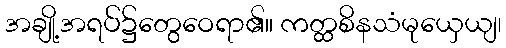
အချို့အရပ်၌တွေဝေရာ၏။ ကတ္ထစိနသံမုယှေယျ၊